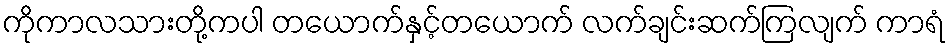
ကိုကာလသားတို့ကပါ တယောက်နှင့်တယောက် လက်ချင်းဆက်ကြလျက် ကာရံ